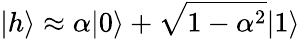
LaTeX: |h\rangle\approx\alpha|0\rangle+\sqrt{1-\alpha^{2}}|1\rangle